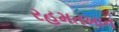
રહમતખાન